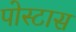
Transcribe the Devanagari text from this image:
पोस्टास